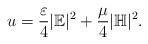
LaTeX: \begin{align*}u = \frac{\varepsilon}{4} |\mathbb{E}|^2 + \frac{\mu}{4}|\mathbb{H}|^2.\end{align*}